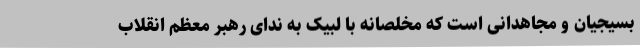
بسیجیان و مجاهدانی است که مخلصانه با لبیک به ندای رهبر معظم انقلاب